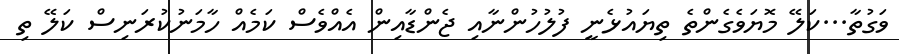
ވަގުތާ...ކަލޭ މޮޔަވެގެންތެ ތިޔައުޅެނީ ފުލުހުންނާއި ޖެންޑާއިން އެެއްވެސް ކަމެއް ހާމަނުކުރަނިސް ކަލޭ ތި